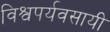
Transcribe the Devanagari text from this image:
विश्वपर्यवसायी